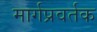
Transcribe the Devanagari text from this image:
मार्गप्रवर्तक